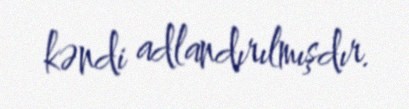
kəndi adlandırılmışdır.